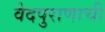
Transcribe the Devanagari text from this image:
वेदपुराणाची